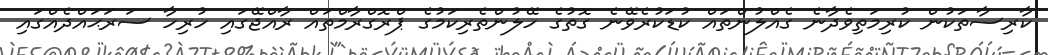
ކާރިސާތަކުން ކުރިމަތިވެދާނެ ގެއްލުންތައް ކުޑަކުރެވޭނެ ގޮތުގެ ހޭލުންތެރިކަމުގެ ޕްރޮގްރާމްތައް ރާއްޖޭގައި ހުރިހާ ސަރަޙައްދެއްގައި